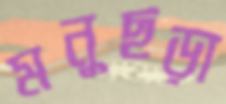
মনুছড়া